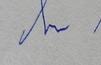
Signature authenticity: forged